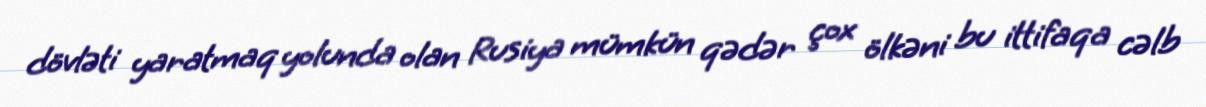
dövləti yaratmaq yolunda olan Rusiya mümkün qədər çox ölkəni bu ittifaqa cəlb